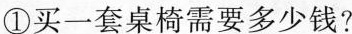
①买一套桌椅需要多少钱？